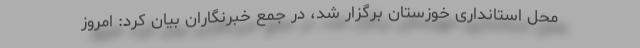
محل استانداری خوزستان برگزار شد، در جمع خبرنگاران بیان کرد: امروز